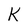
Character: K